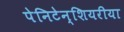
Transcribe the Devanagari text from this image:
पेनिटेन्शियरीया